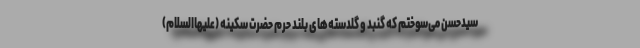
سیدحسن می‌سوختم که گنبد و گلدسته‌های بلند حرم حضرت سکینه (علیهاالسلام)